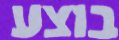
בוצע